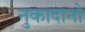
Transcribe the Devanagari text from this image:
नुकादानो